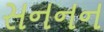
સનનન